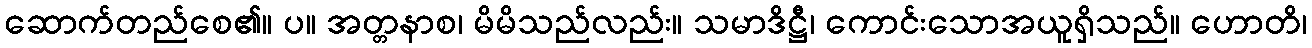
ဆောက်တည်စေ၏။ ပ။ အတ္တနာစ၊ မိမိသည်လည်း။ သမာဒိဋ္ဌီ၊ ကောင်းသောအယူရှိသည်။ ဟောတိ၊